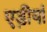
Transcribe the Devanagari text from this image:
एड़ीयां